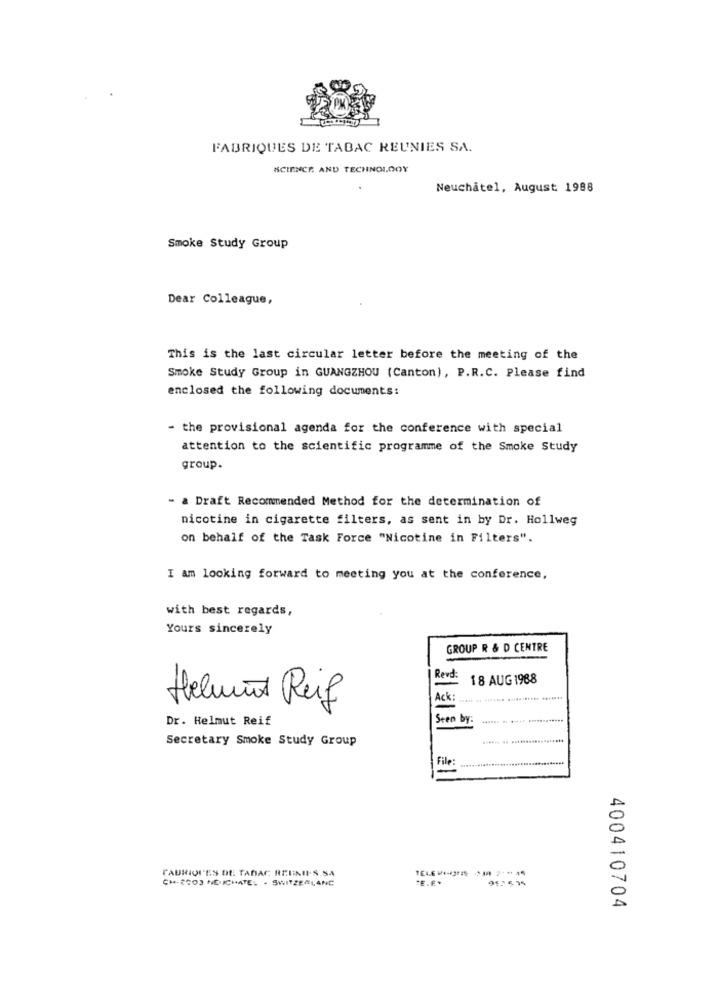
FABRIQUES DE TABAC REUNIES SA.
SCIENCE AND TECHNOLOGY
Neuchatel, August: 1988
Smoke Study Group
Dear Colleague,
This is the last circular letter before the meeting of the
Smoke Study Group in GUANGZHOU (Canton), P.R.C. Please find
enclosed the following documents:
- the provisional agenda for the conference with special
attention to the scientific programme of the Smoke Study
group.
- a Draft Recommended Method for the determination of
nicotine in cigarette filters, as sent in by Dr. Hollweg
on behalf of the Task Force "Nicotine in Filters".
I am looking forward to meeting you at the conference,
with best regards,
Yours sincerely
GROUP R & D CENTRE
Revd:
18 AUG 1968
Helmut Reif
Ack:
Dr. Helmut Reif
Sten by:
Secretary Smoke Study Group
File:
TAURIQU'ES DE TABAC REUNIE'S SA
CM. 2003 ME.ICHATE: . SWITZERLAND
400410704